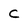
Character: C